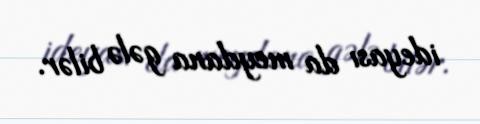
ideyası da meydana gələ bilər.